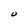
Character: U